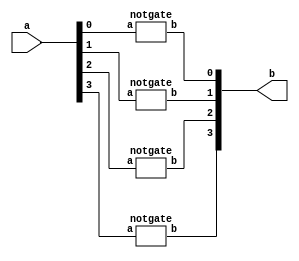
module negator4bit(input[3:0] a,output[3:0] b);
	notgate n0(b[0],a[0]);
	notgate n1(b[1],a[1]);
	notgate n2(b[2],a[2]);
	notgate n3(b[3],a[3]);
endmodule

module notgate(output b,input a);
	nand(b,a,a);
endmodule

module negator4bit_test;
  	reg [3:0]a;
  	wire [3:0]b;
  	negator4bit test(a,b);
  	integer count;
  	initial begin
    		for(count=0;count<16;count=count+1)begin
      			{a}=count;
      			#20;
    		end
  	end
endmodule